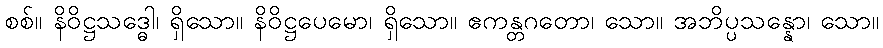
စစ်။ နိဝိဋ္ဌသဒ္ဓေါ၊ ရှိသော။ နိဝိဋ္ဌပေမော၊ ရှိသော။ ဧကန္တဂတော၊ သော။ အဘိပ္ပသန္နော၊ သော။